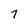
Character: 7